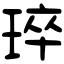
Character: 琗